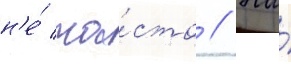
н'е́ ча́сто // На́